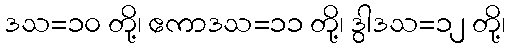
ဒသ=၁၀ တို့၊ ဧကာဒသ=၁၁ တို့၊ ဒွါဒသ=၁၂ တို့၊